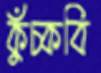
কুঁচ্‌কবি